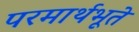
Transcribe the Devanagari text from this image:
परमार्थभूते